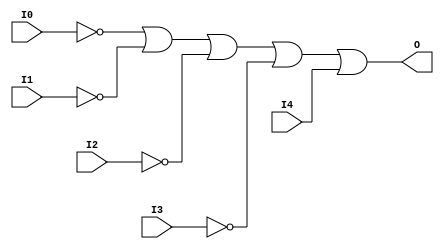
// $Header: /devl/xcs/repo/env/Databases/CAEInterfaces/verunilibs/s/OR5B4.v,v 1.8 2003/01/21 01:55:40 wloo Exp $

/*

FUNCTION	: 5-INPUT OR GATE

*/

`timescale  100 ps / 10 ps


module OR5B4 (O, I0, I1, I2, I3, I4);

    output O;

    input  I0, I1, I2, I3, I4;

    not N3 (i3_inv, I3);
    not N2 (i2_inv, I2);
    not N1 (i1_inv, I1);
    not N0 (i0_inv, I0);
    or O1 (O, i0_inv, i1_inv, i2_inv, i3_inv, I4);

    specify
	(I0 *> O) = (0, 0);
	(I1 *> O) = (0, 0);
	(I2 *> O) = (0, 0);
	(I3 *> O) = (0, 0);
	(I4 *> O) = (0, 0);
    endspecify

endmodule